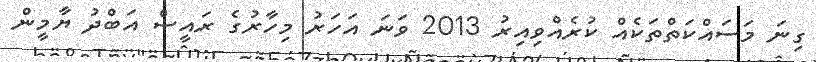
ގިނަ މަސައްކަތްތަކެއް ކުރެއްވިއިރު 2013 ވަނަ އަހަރު މިހާރުގެ ރައީސް އަބްދު ޔާމީން